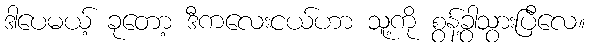
ဒါပေမယ့် ခုတော့ ဒီကလေးငယ်ဟာ သူ့ကို စွန့်ခွာသွားပြီလေ။